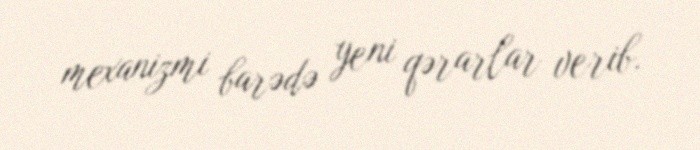
mexanizmi barədə yeni qərarlar verib.